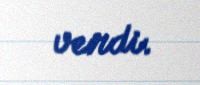
verdi.